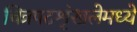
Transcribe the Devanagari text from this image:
चित्रपटशृंखलेमध्ये